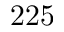
2 2 5